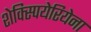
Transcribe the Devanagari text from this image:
शेक्स्पियेरियेना